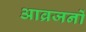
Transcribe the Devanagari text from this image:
आव्रजनों